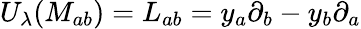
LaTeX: U_{\lambda}(M_{ab})=L_{ab}=y_{a}\partial_{b}-y_{b}\partial_{a}